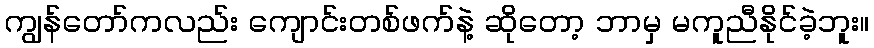
ကျွန်တော်ကလည်း ကျောင်းတစ်ဖက်နဲ့ ဆိုတော့ ဘာမှ မကူညီနိုင်ခဲ့ဘူး။